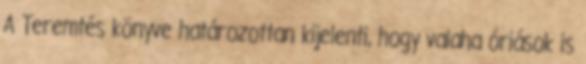
A Teremtés könyve határozottan kijelenti, hogy valaha óriások is